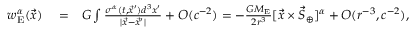
\begin{array} { r l r } { w _ { \mathrm { E } } ^ { \alpha } ( \vec { x } ) } & { { } = } & { G \int \frac { \sigma ^ { \alpha } ( t , \vec { x } ^ { \prime } ) d ^ { 3 } x ^ { \prime } } { | \vec { x } - \vec { x } ^ { \prime } | } + { \cal O } ( c ^ { - 2 } ) = - \frac { G M _ { \mathrm { E } } } { 2 r ^ { 3 } } [ { \vec { x } } \times { \vec { S } } _ { \oplus } ] ^ { \alpha } + { \cal O } ( r ^ { - 3 } , c ^ { - 2 } ) , } \end{array}